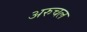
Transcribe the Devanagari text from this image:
अरुचल